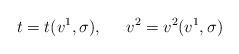
LaTeX: \begin{align*}t=t(v^1,\sigma ),\ \;\;\;\;v^2=v^2(v^1,\sigma )\end{align*}